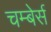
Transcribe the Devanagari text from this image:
चम्बेर्स